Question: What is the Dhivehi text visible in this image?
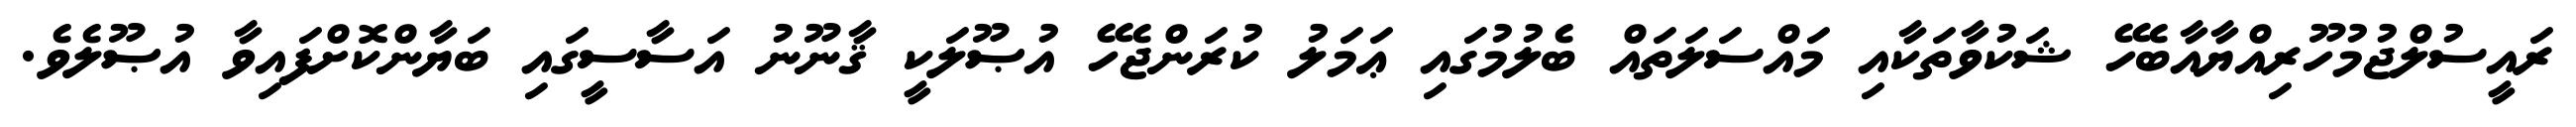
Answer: ރައީސުލްޖުމުހޫރިއްޔާއާބެހޭ ޝަކުވާތަކާއި މައްސަލަތައް ބެލުމުގައި ޢަމަލު ކުރަންޖެހޭ އުޞޫލަކީ ޤާނޫނު އަސާސީގައި ބަޔާންކޮށްފައިވާ އުޞޫލެވެ.